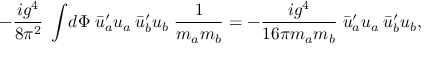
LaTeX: - \frac { i g ^ { 4 } } { 8 \pi ^ { 2 } } \; \int { \! d \Phi \; \bar { u } _ { a } ^ { \prime } { } u _ { a } \: \bar { u } _ { b } ^ { \prime } { } u _ { b } \; \frac { 1 } { m _ { a } m _ { b } } } = - \frac { i g ^ { 4 } } { 1 6 \pi m _ { a } m _ { b } } \; \bar { u } _ { a } ^ { \prime } { } u _ { a } \: \bar { u } _ { b } ^ { \prime } { } u _ { b } ,